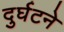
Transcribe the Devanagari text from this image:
दुर्घटने